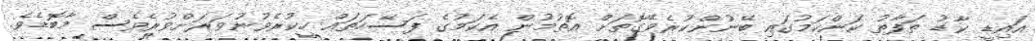
އައިޑީ ކާޑު ތަފާތު ކަންކަމުގައި ބޭނުންކުރެވޭގޮތަށް އޮތުމުން އެކަމުގެ ފަސޭހަތައް ހީކުރެވުނުވަރަށްވުރެވެސް މާބޮޑެވެ.